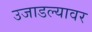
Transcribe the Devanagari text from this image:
उजाडल्यावर